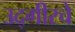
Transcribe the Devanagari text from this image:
उद्गीरचे